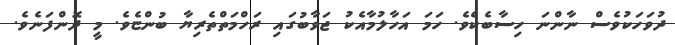
ދުވަހަކުވެސް ނާންނަ ހިސާބެކެވެ. ހަމަ އަހާލުމާއެކު ޖަވާބުގައި ރަހްމަތްތެރިޔާ ބުންޏެވެ. މީ ދޮންފަނެވެ.